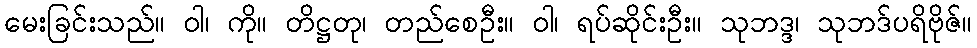
မေးခြင်းသည်။ ဝါ၊ ကို။ တိဋ္ဌတု၊ တည်စေဦး။ ဝါ၊ ရပ်ဆိုင်းဦး။ သုဘဒ္ဒ၊ သုဘဒ်ပရိဗိုဇ်။